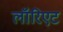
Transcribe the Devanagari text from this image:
लॉरिएट